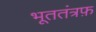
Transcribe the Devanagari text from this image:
भूततंत्रफ़